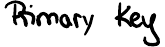
Primary Key